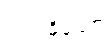
ဥက္ကုဓိတော